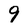
Character: 9